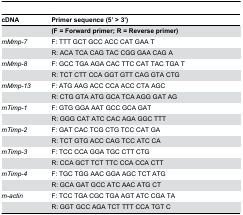
<table><thead><tr><td><b>cDNA</b></td><td><b>Primer sequence (5’ &gt; 3’)</b></td></tr></thead><tbody><tr><td></td><td><b>(F = Forward primer; R = Reverse primer)</b></td></tr><tr><td><i>mMmp-7</i></td><td>F: TTT GCT GCC ACC CAT GAA T</td></tr><tr><td></td><td>R: ACA TCA CAG TAC CGG GAA CAG A</td></tr><tr><td><i>mMmp-8</i></td><td>F: GCC TGA AGA CAC TTC CAT TAC TGA T</td></tr><tr><td></td><td>R: TCT CTT CCA GGT GTT CAG GTA CTG</td></tr><tr><td><i>mMmp-13</i></td><td>F: ATG AAG ACC CCA ACC CTA AGC</td></tr><tr><td></td><td>R: CTG GTA ATG GCA TCA AGG GAT AG</td></tr><tr><td><i>mTimp-1</i></td><td>F: GTG GGA AAT GCC GCA GAT</td></tr><tr><td></td><td>R: GGG CAT ATC CAC AGA GGC TTT</td></tr><tr><td><i>mTimp-2</i></td><td>F: GAT CAC TCG CTG TCC CAT GA</td></tr><tr><td></td><td>R: TCT GTG ACC CAG TCC ATC CA</td></tr><tr><td><i>mTimp-3</i></td><td>F: TCC CCA GGA TGC CTT CTG</td></tr><tr><td></td><td>R: CCA GCT TCT TTC CCA CCA CTT</td></tr><tr><td><i>mTimp-4</i></td><td>F: TGC TGG AAC GGA AGC TCT ATG</td></tr><tr><td></td><td>R: GCA GAT GCC ATC AAC ATG CT</td></tr><tr><td><i>m-actin</i></td><td>F: TCC TGA CGC TGA AGT ATC CGA TA</td></tr><tr><td></td><td>R: GGT GCC AGA TCT TTT CCA TGT C</td></tr></tbody></table>